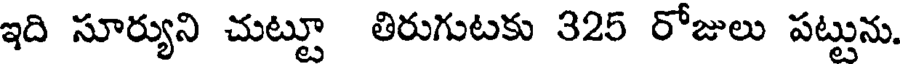
ఇది సూర్యుని చుట్టూ తిరుగుటకు 325 రోజులు పట్టును.